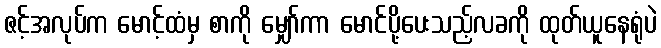
ဇင့်အလုပ်က မောင့်ထံမှ စာကို မျှော်ကာ မောင်ပို့ပေးသည့်လခကို ထုတ်ယူနေရုံပဲ